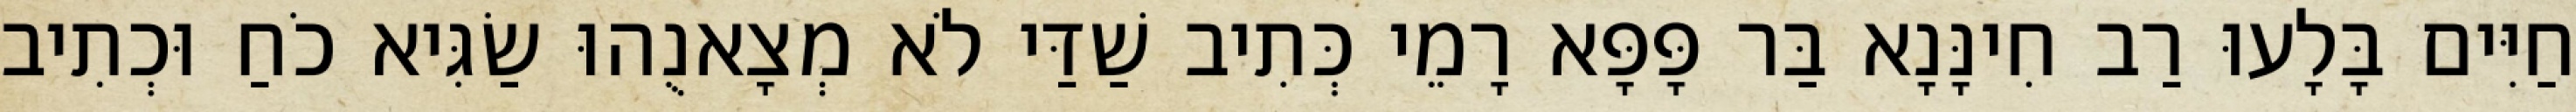
חַיִּים בָּלָעוּ רַב חִינָּנָא בַּר פָּפָּא רָמֵי כְּתִיב שַׁדַּי לֹא מְצָאנֻהוּ שַׂגִּיא כֹחַ וּכְתִיב